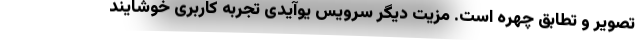
تصویر و تطابق چهره است. مزیت دیگر سرویس یوآیدی تجربه کاربری خوشایند